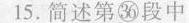
15.简述第㊱段中